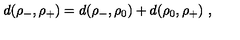
d ( \rho _ { - } , \rho _ { + } ) = d ( \rho _ { - } , \rho _ { 0 } ) + d ( \rho _ { 0 } , \rho _ { + } ) \ ,